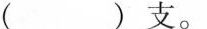
( )支。